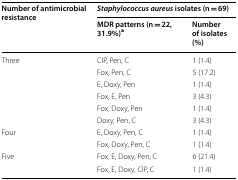
<table><thead><tr><td rowspan="2"><b>Number of antimicrobial resistance</b></td><td colspan="2"><b><i>Staphylococcus aureus</i> isolates (n = 69)</b></td></tr><tr><td><b>MDR patterns (n = 22, 31.9%)<sup>a</sup></b></td><td><b>Number of isolates (%)</b></td></tr></thead><tbody><tr><td rowspan="6">Three</td><td>CIP, Pen, C</td><td>1 (1.4)</td></tr><tr><td>Fox, Pen, C</td><td>5 (17.2)</td></tr><tr><td>E, Doxy, Pen</td><td>1 (1.4)</td></tr><tr><td>Fox, E, Pen</td><td>3 (4.3)</td></tr><tr><td>Fox, Doxy, Pen</td><td>1 (1.4)</td></tr><tr><td>Doxy, Pen, C</td><td>3 (4.3)</td></tr><tr><td rowspan="2">Four</td><td>E, Doxy, Pen, C</td><td>1 (1.4)</td></tr><tr><td>Fox, Doxy, Pen, C</td><td>1 (1.4)</td></tr><tr><td rowspan="2">Five</td><td>Fox, E, Doxy, Pen, C</td><td>6 (21.4)</td></tr><tr><td>Fox, E, Doxy, CIP, C</td><td>1 (1.4)</td></tr></tbody></table>